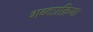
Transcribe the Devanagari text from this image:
शब्दप्रक्रिया